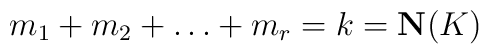
m_1+m_2+\ldots+m_r=k=\mathbf{N}(K)